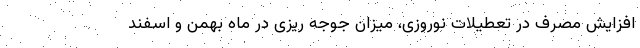
افزایش مصرف در تعطیلات نوروزی، میزان جوجه ریزی در ماه بهمن و اسفند